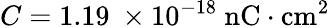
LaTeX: C=1.19\ \times 10^{-18}\ \mathrm{nC\cdot cm^{2}}